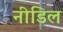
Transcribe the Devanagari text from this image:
नीडिल